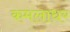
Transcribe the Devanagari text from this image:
कमलाधर